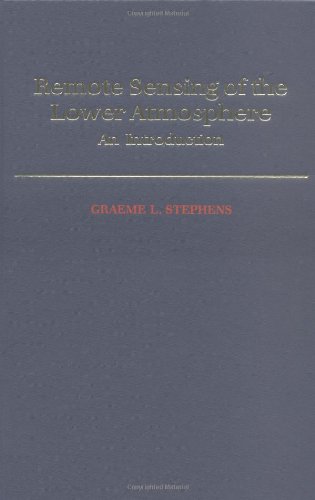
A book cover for Remote Sensing of the Lower Atmosphere: An Introduction; Graeme L. Stephens; Science & Math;